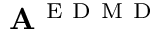
\mathbf { A } ^ { \mathrm { ~ E ~ D ~ M ~ D ~ } }